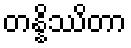
တန္နိဿိတာ